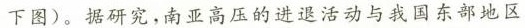
下图)。据研究，南亚高压的进退活动与我国东部地区